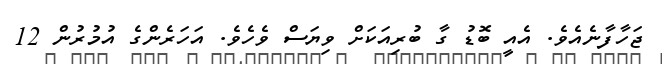
ޖަހާފާނެއެވެ. އެއީ ބޮޑު ގާ ބުރިއަކަށް ވިޔަސް ވެހެވެ. އަހަރެންގެ އުމުރުން 12